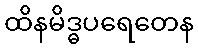
ထိနမိဒ္ဓပရေတေန